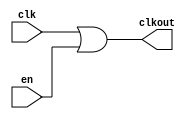
// This program was cloned from: https://github.com/chipsalliance/aib-phy-hardware
// License: Apache License 2.0

// SPDX-License-Identifier: Apache-2.0
// Copyright (C) 2019 Intel Corporation. 
module hdpldadapt_cmn_clkor2
(
        output  wire    clkout,
        input   wire    clk,
        input   wire    en
);

	assign clkout = clk | en;

endmodule // hdpldadapt_cmn_clkor2